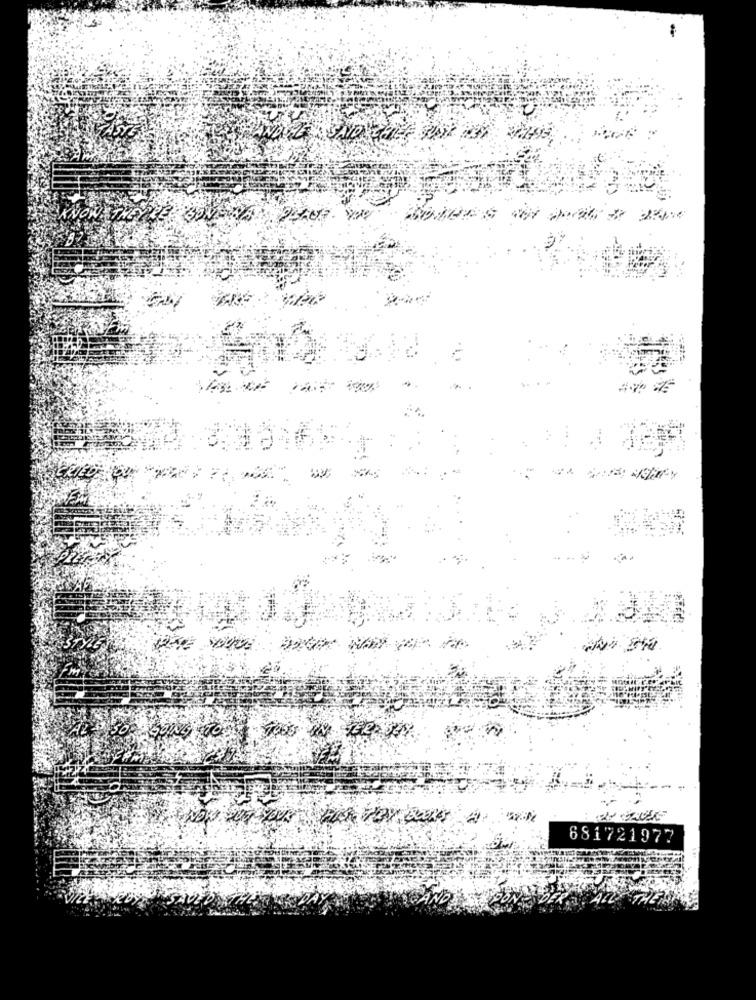
681721977